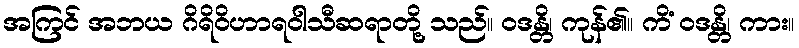
အကြင် အဘယ ဂိရိဝိဟာရဝါသီဆရာတို့ သည်။ ဝဒန္တိ၊ ကုန်၏။ ကိံ ဝဒန္တိ၊ ကား။